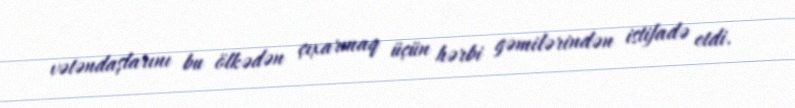
vətəndaşlarını bu ölkədən çıxarmaq üçün hərbi gəmilərindən istifadə etdi.